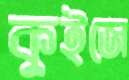
কুইজে